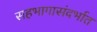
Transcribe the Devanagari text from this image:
सहभागासंदर्भात